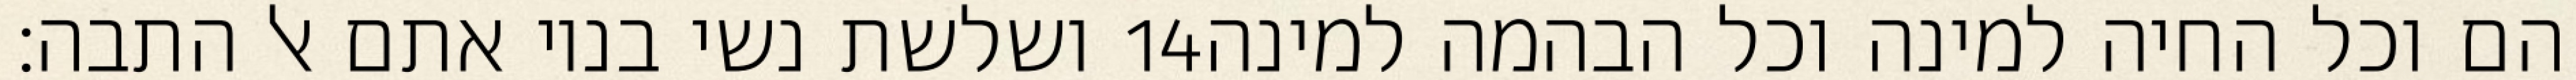
ושלשת נשי בניו אתם אל התבה׃ ‎14‏ הם וכל החיה למינה וכל הבהמה למינה